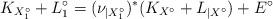
LaTeX: \begin{align*}K_{X_1^\circ}+L_1^\circ=(\nu_{|X_1^\circ})^*(K_{X^\circ}+{L_{|X^\circ}})+E^\circ\end{align*}